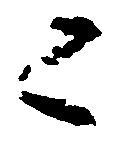
々